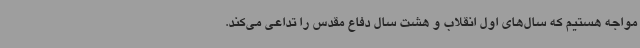
مواجه هستیم که سال‌های اول انقلاب و هشت سال دفاع مقدس را تداعی می‌کند.